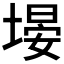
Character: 𪤃